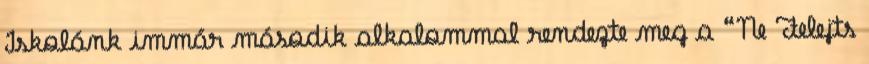
Iskolánk immár második alkalommal rendezte meg a “Ne Felejts